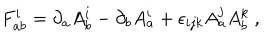
LaTeX: F _ { a b } ^ { i } = \partial _ { a } A _ { b } ^ { i } - \partial _ { b } A _ { a } ^ { i } + \epsilon _ { i j k } A _ { a } ^ { j } A _ { b } ^ { k } \ ,